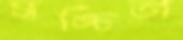
সঙ্চিতা